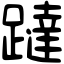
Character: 躂